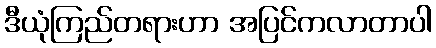
ဒီယုံကြည်တရားဟာ အပြင်ကလာတာပါ